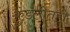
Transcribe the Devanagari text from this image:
कुंडलीतही